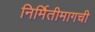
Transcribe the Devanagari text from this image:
निर्मितीमागची